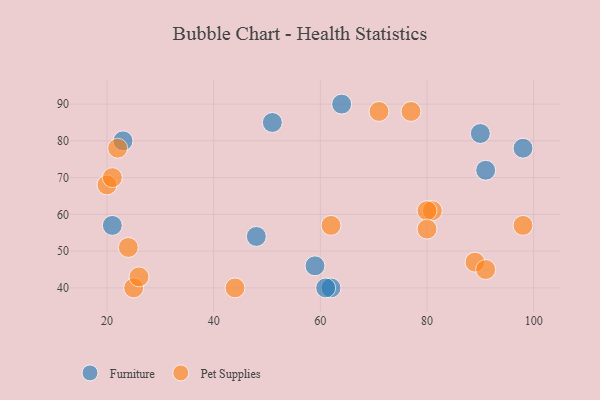
{"axis": {"x": "GDP", "y": "Life Expectancy"}, "legend": ["Furniture", "Pet Supplies"], "data": [{"x": "64", "y": 90, "type": "Furniture"}, {"x": "62", "y": 40, "type": "Furniture"}, {"x": "61", "y": 40, "type": "Furniture"}, {"x": "90", "y": 82, "type": "Furniture"}, {"x": "98", "y": 78, "type": "Furniture"}, {"x": "48", "y": 54, "type": "Furniture"}, {"x": "23", "y": 80, "type": "Furniture"}, {"x": "21", "y": 57, "type": "Furniture"}, {"x": "51", "y": 85, "type": "Furniture"}, {"x": "91", "y": 72, "type": "Furniture"}, {"x": "59", "y": 46, "type": "Furniture"}, {"x": "25", "y": 40, "type": "Pet Supplies"}, {"x": "81", "y": 61, "type": "Pet Supplies"}, {"x": "80", "y": 61, "type": "Pet Supplies"}, {"x": "62", "y": 57, "type": "Pet Supplies"}, {"x": "89", "y": 47, "type": "Pet Supplies"}, {"x": "20", "y": 68, "type": "Pet Supplies"}, {"x": "22", "y": 78, "type": "Pet Supplies"}, {"x": "24", "y": 51, "type": "Pet Supplies"}, {"x": "98", "y": 57, "type": "Pet Supplies"}, {"x": "26", "y": 43, "type": "Pet Supplies"}, {"x": "21", "y": 70, "type": "Pet Supplies"}, {"x": "91", "y": 45, "type": "Pet Supplies"}, {"x": "77", "y": 88, "type": "Pet Supplies"}, {"x": "80", "y": 56, "type": "Pet Supplies"}, {"x": "44", "y": 40, "type": "Pet Supplies"}, {"x": "71", "y": 88, "type": "Pet Supplies"}]}